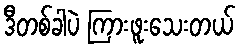
ဒီတစ်ခါပဲ ကြားဖူးသေးတယ်